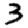
Digit: 3